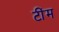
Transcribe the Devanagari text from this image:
टींम